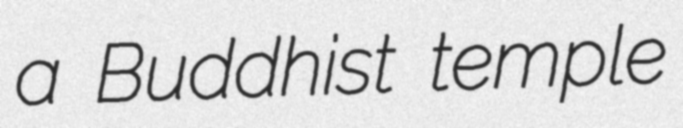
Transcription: a Buddhist temple